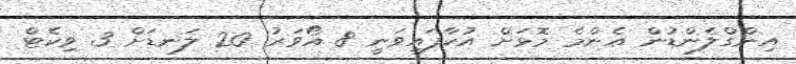
އިންގްލެންޑުން އެންމެ މޮޅަށް އުކާފައިވަނީ 8 އޯވަރު 20 ލަނޑަށް 3 ވިކެޓް